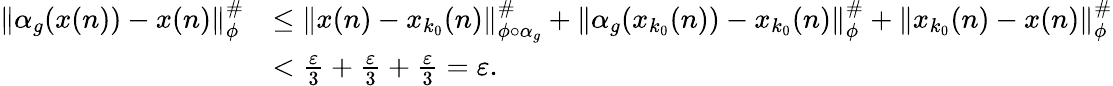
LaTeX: \begin{array}{rl}{\| \alpha_{g}(x(n))-x(n)\| _{\phi}^{\# }}&{\leq\| x(n)-x_{k_{0}}(n)\| _{\phi\circ\alpha_{g}}^{\# }+\| \alpha_{g}(x_{k_{0}}(n))-x_{k_{0}}(n)\| _{\phi}^{\# }+\| x_{k_{0}}(n)-x(n)\| _{\phi}^{\# }}\\ &{<\frac{\varepsilon}{3}+\frac{\varepsilon}{3}+\frac{\varepsilon}{3}=\varepsilon.}\end{array}